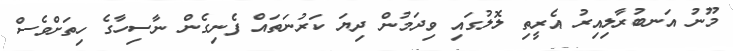
މޫނު އަނބުރާލިއިރު އެރީތި ލޮލުގައި ވިދަމުން ދިޔަ ކަރުނަތައް ފެނިގެން ނާސިހާގެ ހިތަށްވެސް